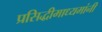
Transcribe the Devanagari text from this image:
प्रसिद्धीमाध्यमांनी